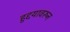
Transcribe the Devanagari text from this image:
हुद्दयावरून